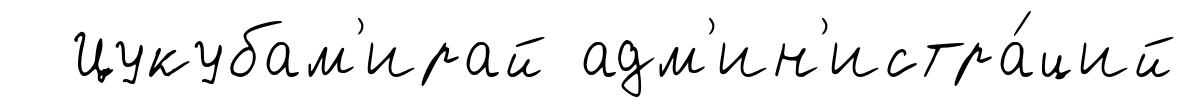
Цукубам'ирай адм'ин'истра́ций